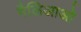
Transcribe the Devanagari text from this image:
गैलिआओ